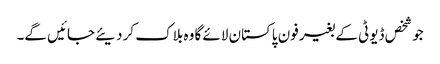
جو شخص ڈیوٹی کے بغیر فون پاکستان لائے گا وہ بلاک کر دیئے جائیں گے۔